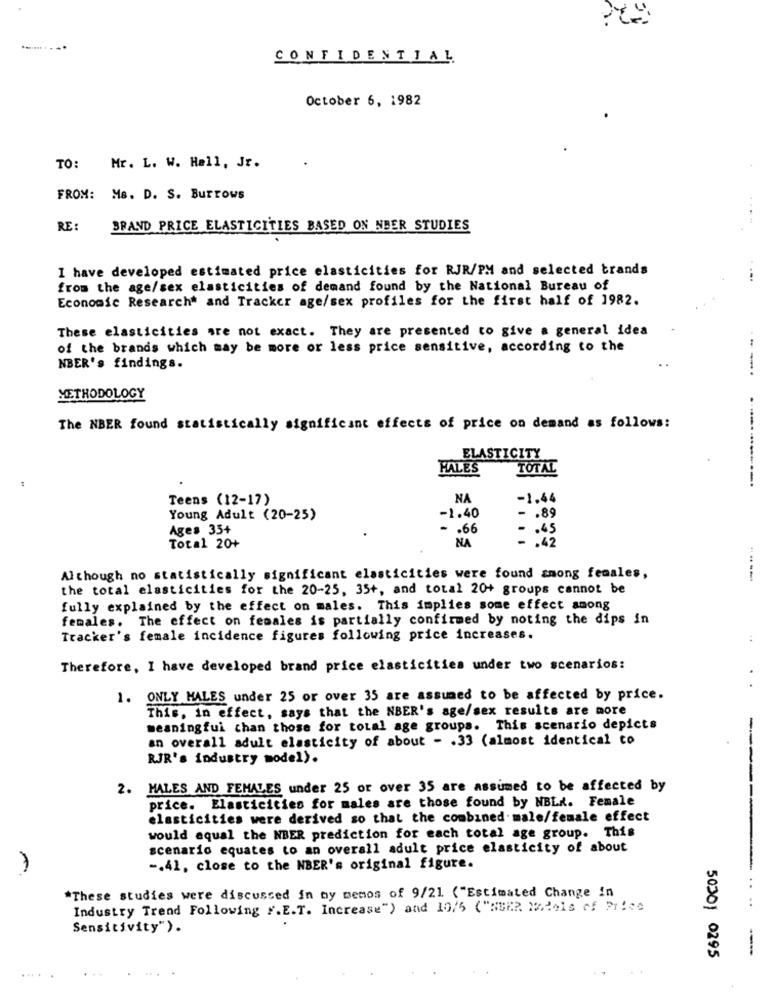
CONFIDENTIAL
October 6, 1982
TO:
Mr. L. W. Hall, Jr.
FROM: Ms. D. S. Burrows
RE
BRAND PRICE ELASTICITIES BASED ON NBER STUDIES
I have developed estimated price elasticities for RJR/PM and selected brands
from the age/sex elasticities of demand found by the National Bureau of
Economic Research* and Tracker age/sex profiles for the first half of 1982.
These elasticities are not exact. They are presented to give a general idea
of the brands which may be more or less price sensitive, according to the
NBER's findings.
--.
METHODOLOGY
The NBER found statistically significant effects of price on demand as follows:
ELASTICITY
FALES
ES
TOTAL
Teens (12-17)
NA
-1.44
Young Adult (20-25)
-1.40
- . 89
Ages 35+
. . 66
- . 45
NA
- . 42
Total 20+
Although no statistically significant elasticities were found among females,
the total elasticities for the 20-25, 35+, and total 20+ groups cannot be
fully explained by the effect on males. This implies some effect among
females. The effect on females is partially confirmed by noting the dips in
Tracker's female incidence figures following price increases.
Therefore, I have developed brand price elasticities under two scenarios:
1. ONLY MALES under 25 or over 35 are assumed to be affected by price.
This, in effect, says that the NBER's age/sex results are more
meaningfui than those for total age groups. This scenario depicts
an overall adult elasticity of about - . 33 (almost identical to
RJR's industry model).
2. MALES AND FEMALES under 25 or over 35 are assumed to be affected by
price. Elasticities for males are those found by NBLK. Female
elasticities were derived so that the combined male/female effect
-====
would equal the NBER prediction for each total age group. This
scenario equates to an overall adult price elasticity of about
-. 41, close to the NBER's original figure.
*These studies were discussed in ny menos of 9/21 ("Estimated Change in
Industry Trend Following F.E.T. Increase") and 10/5 ("NBER Models of Price
Sensitivity").
50301 0295
...
....